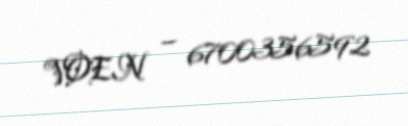
VOEN — 6700356592